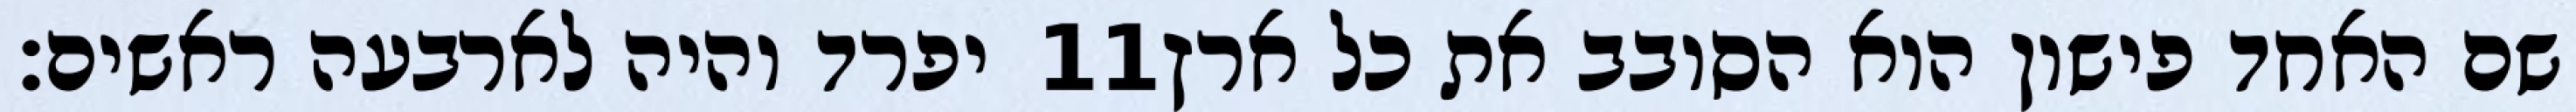
יפרד והיה לארבעה ראשים׃ ‎11‏ שם האחד פישון הוא הסובב את כל ארץ